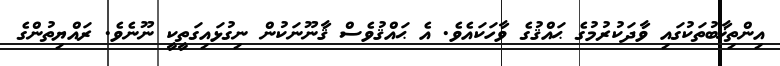
އިންތިޚާބުތަކުގައި ވާދަކުރުމުގެ ޙައްޤުގެ ވާހަކައެވެ. އެ ޙައްޤުވެސް ޤާނޫނަކުން ނިގުޅައިގަތީކީ ނޫނެވެ. ރައްޔިތުންގެ